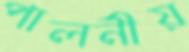
পালনীয়